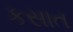
કસાત